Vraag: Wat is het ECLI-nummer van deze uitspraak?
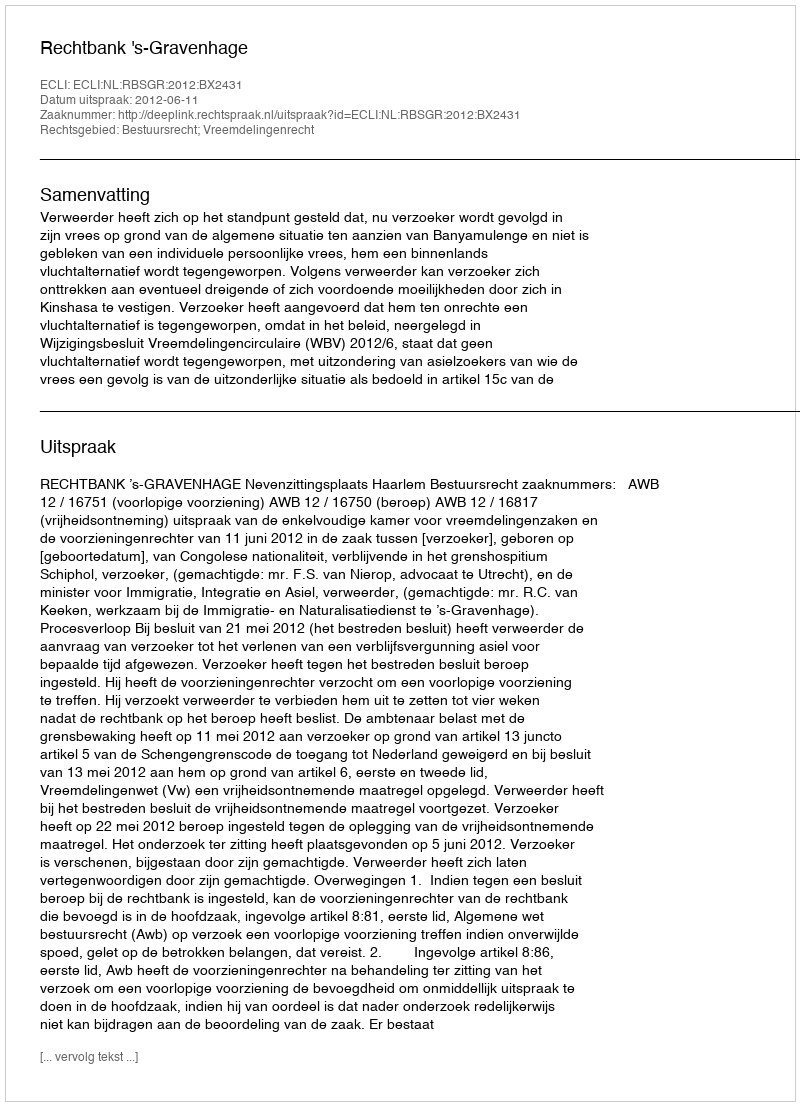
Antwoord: ECLI:NL:RBSGR:2012:BX2431